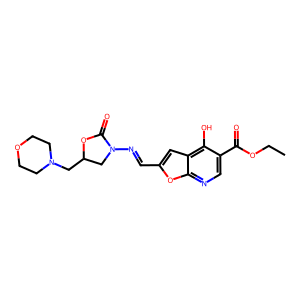
SMILES: CCOC(=O)c1cnc2oc(C=NN3CC(CN4CCOCC4)OC3=O)cc2c1O
Inhibits HIV replication: No